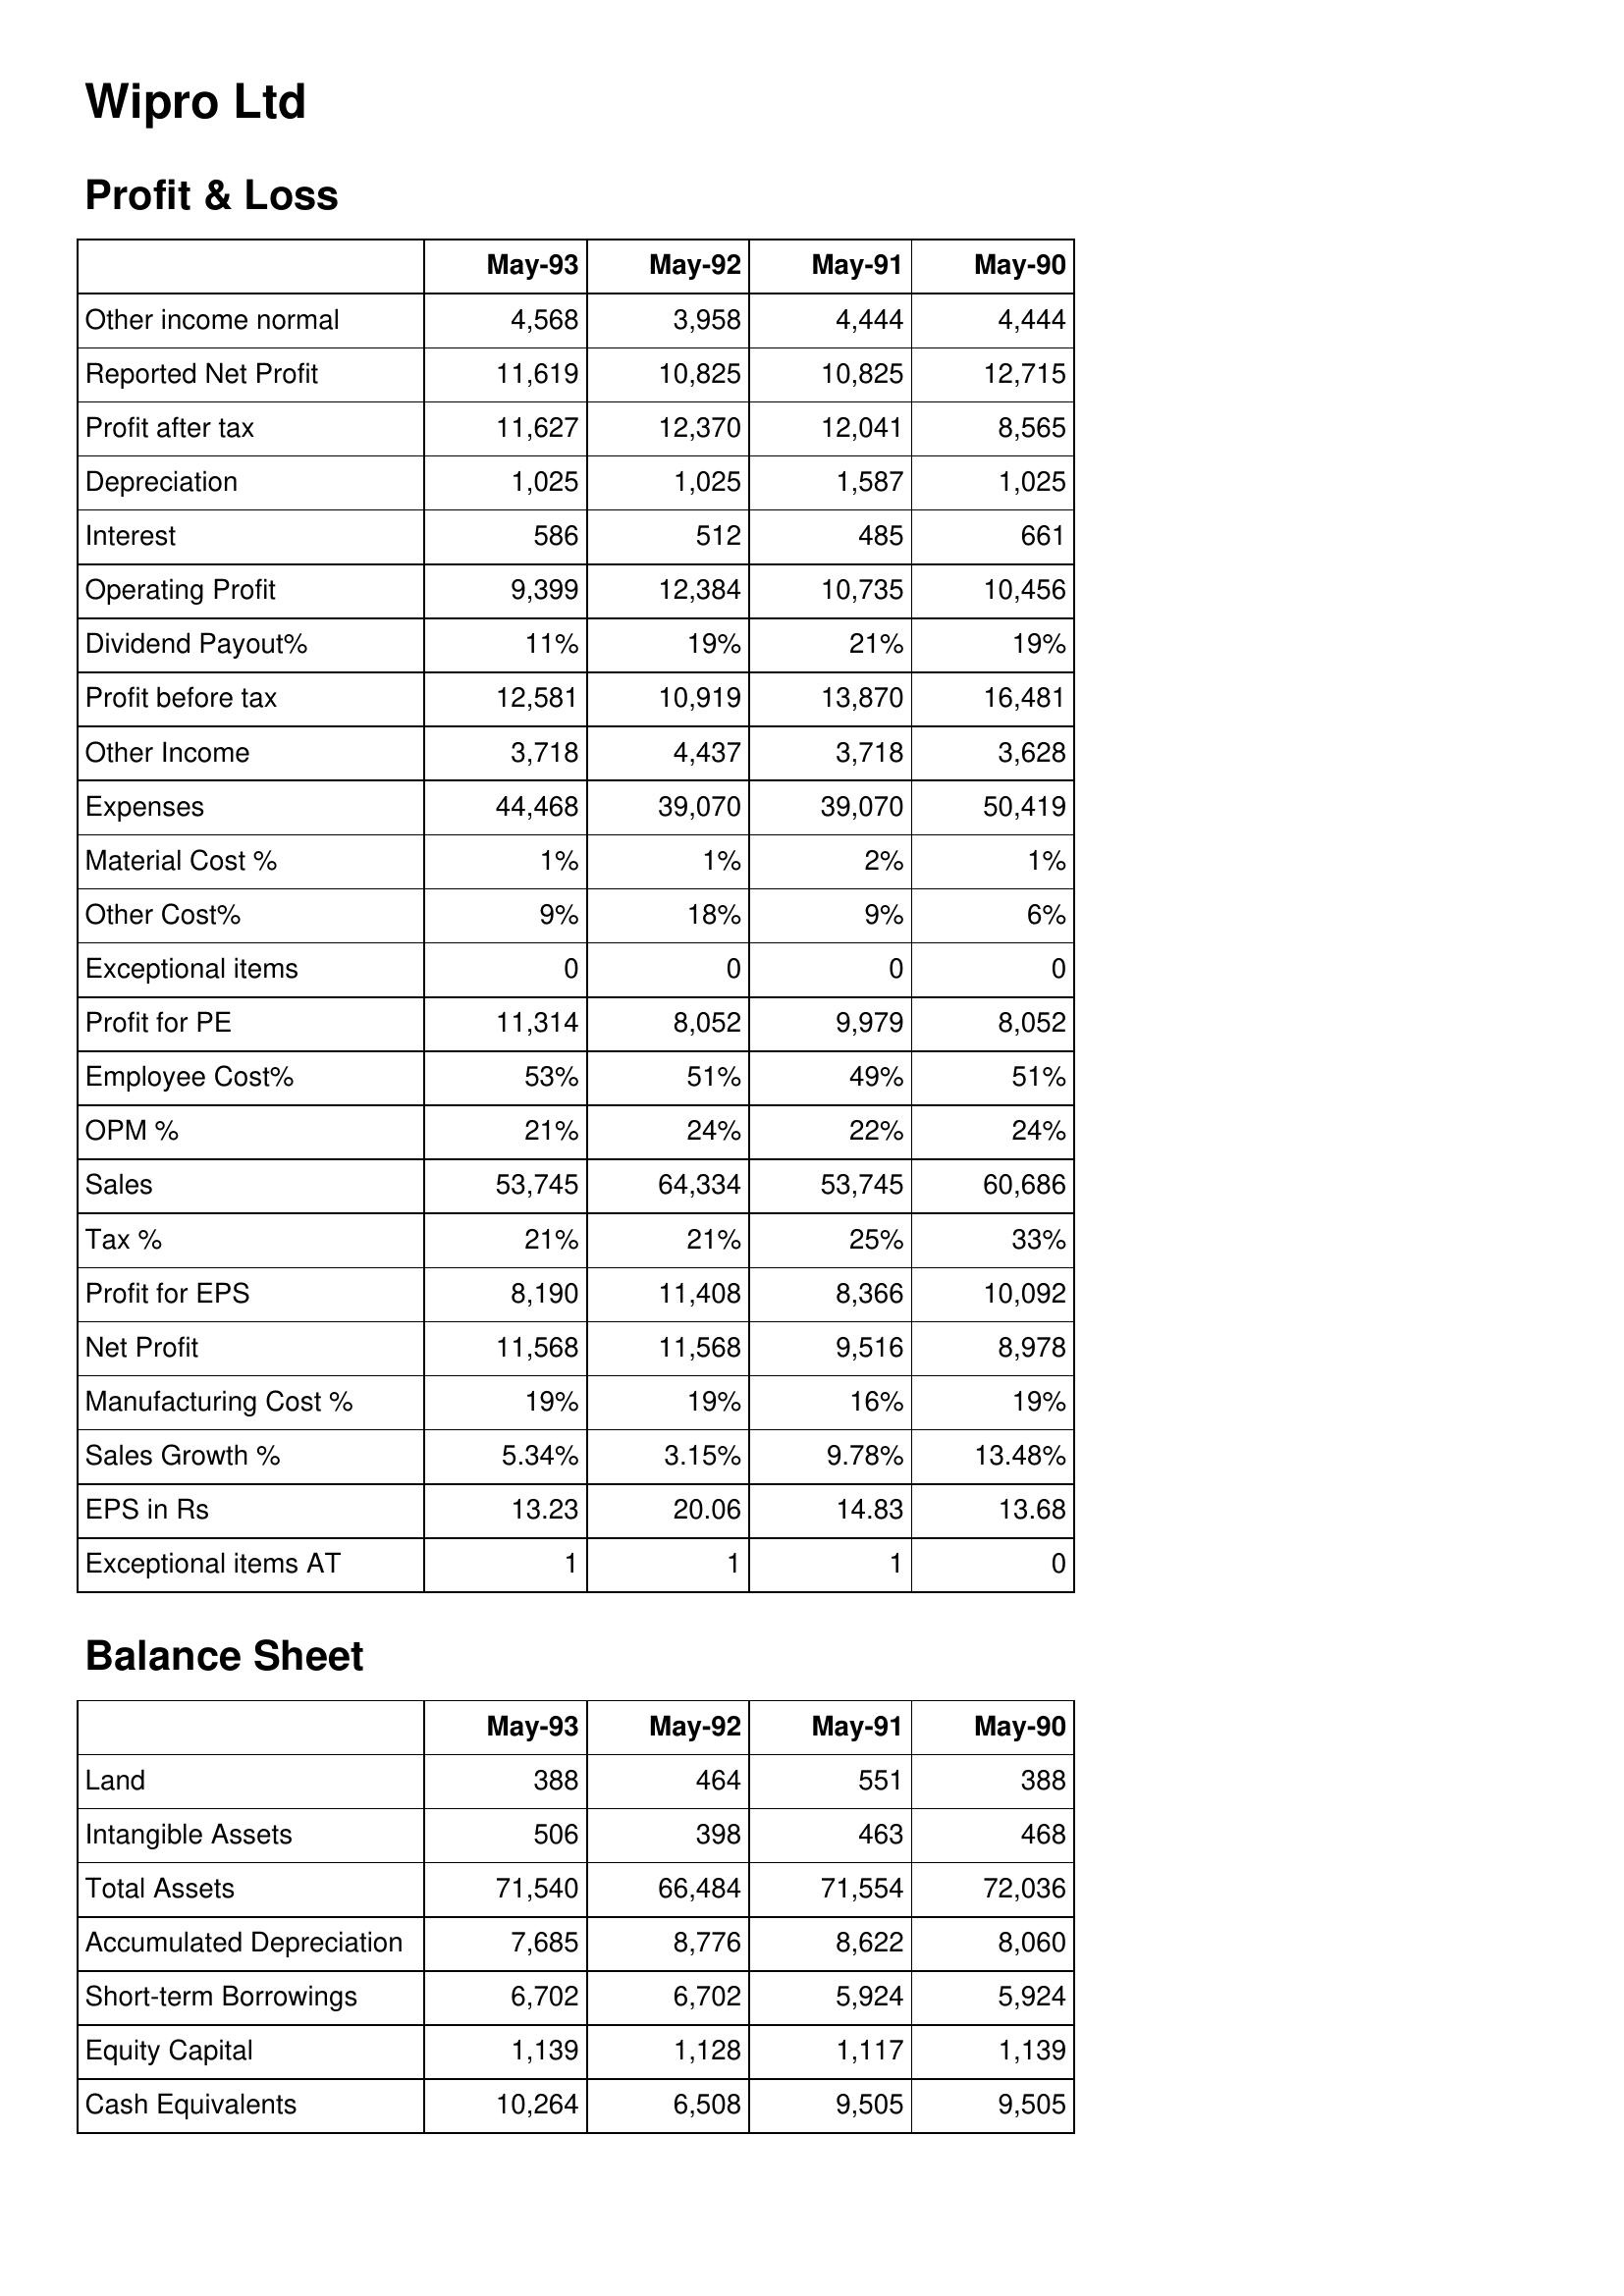
May-93: Profit & Loss: Other income normal: 4,568
Reported Net Profit: 11,619
Profit after tax: 11,627
Depreciation: 1,025
Interest: 586
Operating Profit: 9,399
Dividend Payout%: 11%
Profit before tax: 12,581
Other Income: 3,718
Expenses: 44,468
Material Cost %: 1%
Other Cost%: 9%
Exceptional items: 0
Profit for PE: 11,314
Employee Cost%: 53%
OPM %: 21%
Sales: 53,745
Tax %: 21%
Profit for EPS: 8,190
Net Profit: 11,568
Manufacturing Cost %: 19%
Sales Growth %: 5.34%
EPS in Rs: 13.23
Exceptional items AT: 1
Balance Sheet: Land: 388
Intangible Assets: 506
Total Assets: 71,540
Accumulated Depreciation: 7,685
Short-term Borrowings: 6,702
Equity Capital: 1,139
Cash Equivalents: 10,264
May-92: Profit & Loss: Other income normal: 3,958
Reported Net Profit: 10,825
Profit after tax: 12,370
Depreciation: 1,025
Interest: 512
Operating Profit: 12,384
Dividend Payout%: 19%
Profit before tax: 10,919
Other Income: 4,437
Expenses: 39,070
Material Cost %: 1%
Other Cost%: 18%
Exceptional items: 0
Profit for PE: 8,052
Employee Cost%: 51%
OPM %: 24%
Sales: 64,334
Tax %: 21%
Profit for EPS: 11,408
Net Profit: 11,568
Manufacturing Cost %: 19%
Sales Growth %: 3.15%
EPS in Rs: 20.06
Exceptional items AT: 1
Balance Sheet: Land: 464
Intangible Assets: 398
Total Assets: 66,484
Accumulated Depreciation: 8,776
Short-term Borrowings: 6,702
Equity Capital: 1,128
Cash Equivalents: 6,508
May-91: Profit & Loss: Other income normal: 4,444
Reported Net Profit: 10,825
Profit after tax: 12,041
Depreciation: 1,587
Interest: 485
Operating Profit: 10,735
Dividend Payout%: 21%
Profit before tax: 13,870
Other Income: 3,718
Expenses: 39,070
Material Cost %: 2%
Other Cost%: 9%
Exceptional items: 0
Profit for PE: 9,979
Employee Cost%: 49%
OPM %: 22%
Sales: 53,745
Tax %: 25%
Profit for EPS: 8,366
Net Profit: 9,516
Manufacturing Cost %: 16%
Sales Growth %: 9.78%
EPS in Rs: 14.83
Exceptional items AT: 1
Balance Sheet: Land: 551
Intangible Assets: 463
Total Assets: 71,554
Accumulated Depreciation: 8,622
Short-term Borrowings: 5,924
Equity Capital: 1,117
Cash Equivalents: 9,505
May-90: Profit & Loss: Other income normal: 4,444
Reported Net Profit: 12,715
Profit after tax: 8,565
Depreciation: 1,025
Interest: 661
Operating Profit: 10,456
Dividend Payout%: 19%
Profit before tax: 16,481
Other Income: 3,628
Expenses: 50,419
Material Cost %: 1%
Other Cost%: 6%
Exceptional items: 0
Profit for PE: 8,052
Employee Cost%: 51%
OPM %: 24%
Sales: 60,686
Tax %: 33%
Profit for EPS: 10,092
Net Profit: 8,978
Manufacturing Cost %: 19%
Sales Growth %: 13.48%
EPS in Rs: 13.68
Exceptional items AT: 0
Balance Sheet: Land: 388
Intangible Assets: 468
Total Assets: 72,036
Accumulated Depreciation: 8,060
Short-term Borrowings: 5,924
Equity Capital: 1,139
Cash Equivalents: 9,505